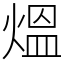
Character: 熅